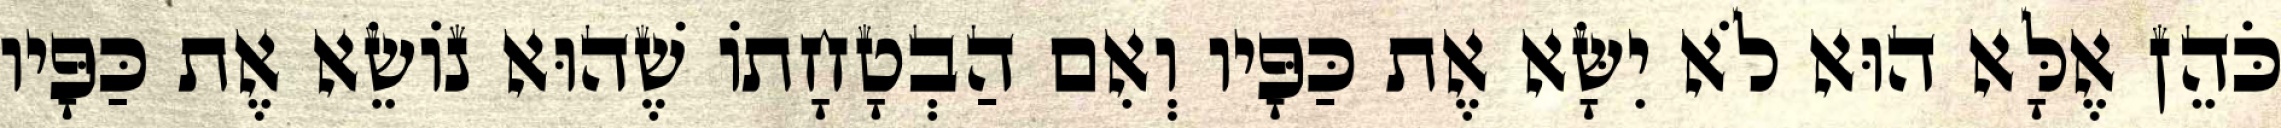
כֹּהֵן אֶלָּא הוּא לֹא יִשָּׂא אֶת כַּפָּיו וְאִם הַבְטָחָתוֹ שֶׁהוּא נוֹשֵׂא אֶת כַּפָּיו